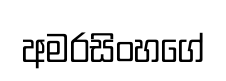
අමරසිංහගේ